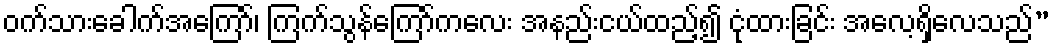
ဝက်သားခေါက်အကြော်၊ ကြက်သွန်ကြော်ကလေး အနည်းငယ်ထည့်၍ ငုံထားခြင်း အလေ့ရှိလေသည်”